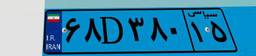
۶۸D۳۸۰۱۵